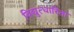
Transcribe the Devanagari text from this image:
विद्युत्धारिता